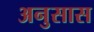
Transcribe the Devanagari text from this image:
अनुसास